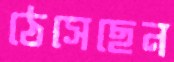
ঠেসেছেন